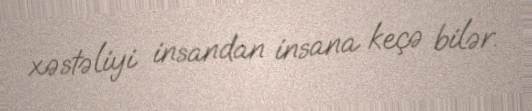
xəstəliyi insandan insana keçə bilər.